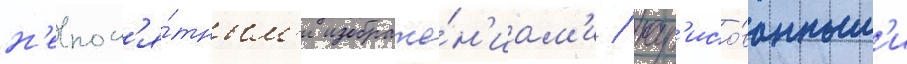
н'епон'я́тным'и изображе́н'иам'и / нар'исо́ванным'и